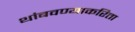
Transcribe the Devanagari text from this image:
थांबवण्याकरिता